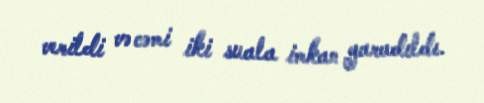
verildi və cəmi iki suala imkan yaradıldı.